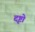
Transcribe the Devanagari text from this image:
दृष्टो